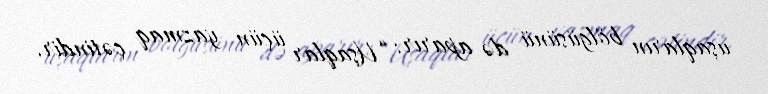
uşaqların bölgüsünü də aparır: “Uşaqlar üçün yazmaq çətindir.